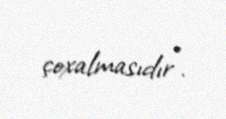
çoxalmasıdır”.